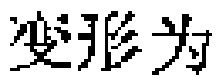
变形为